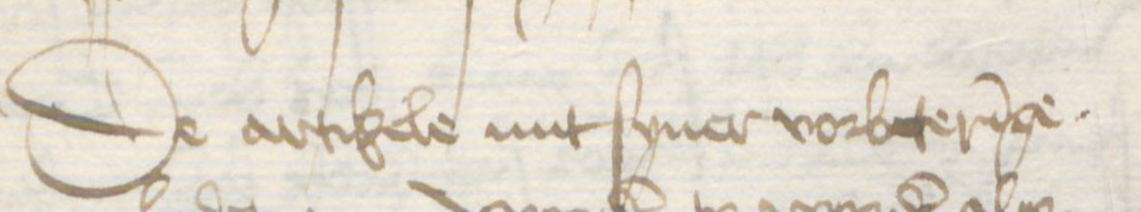
De artikele mit syner vorbeteringe.